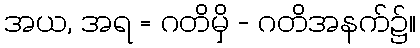
အယ, အရ = ဂတိမှိ - ဂတိအနက်၌။